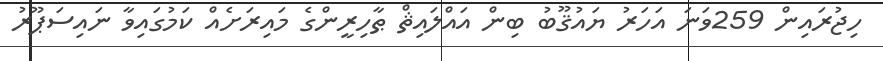
ހިޖުރައިން 259ވަނަ އަހަރު ޔައުޤޫބު ބިން އައްލައިޘް ޠާހިރީންގެ މައިރަށެއް ކަމުގައިވާ ނައިސަޕޫރު